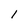
Character: l